Civil Veterinary Department Bihar reports 1940-50 - 1940-1950
Year: 1940
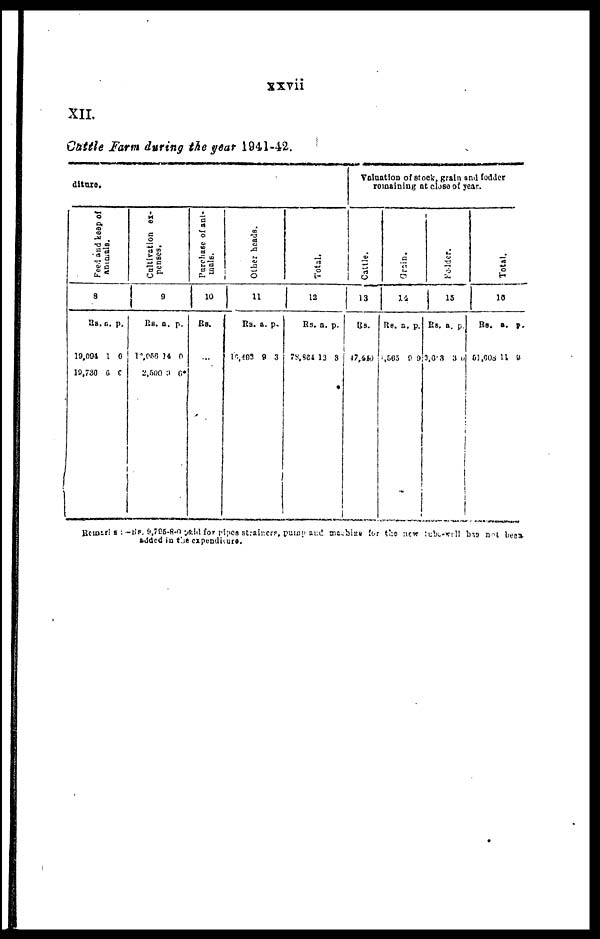
xxvii
XII.
Cattle Farm during the year 1941-42.
diture.
Feed and keep of
8
Rs. a
19,094
19,736
a.
1
6
p.
0
9
Cultivation ex-
penses.
9
Rs.
19,056
2,500
a.
14
0
p.
0
0*
Purchase of ani-
mals.
10
Rs.
...
Ot her heads .
11
Rs.
16,492
a.
9
p.
3
Tot al .
12
Rs.
78,864
a.
13
p.
3
Valuation of stock, grain and fodder
remaining at close of year.
Cattle.
13
Rs.
47,690
Grain.
14
Rs.
5,565
a.
9
p.
9
Fodder .
15
Rs.
3,603
a.
3
p.
9
Tot al .
16
Rs.
51,606
a.
11
p.
2
Remarks:— Rs. 9,785-8-0 sold for pipes straincre, pump and machine for the new tube-well has not been
added in the expenditure.